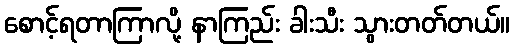
စောင့်ရတာကြာလို့ နာကြည်း ခါးသီး သွားတတ်တယ်။